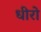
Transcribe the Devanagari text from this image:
धीरो